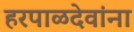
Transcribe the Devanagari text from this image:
हरपाळदेवांना